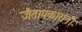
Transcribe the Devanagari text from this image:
जैतापकारांनी